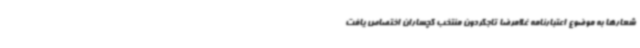
شعارها به موضوع اعتبارنامه غلامرضا تاجگردون منتخب گچساران اختصاص یافت